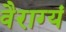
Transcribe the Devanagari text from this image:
वैराग्यं